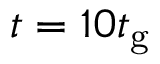
t = 1 0 t _ { \mathrm { g } }